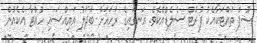
ސޫޕް ތައްޓަކާއެކު ފުރުޓް ސެލެޑްއެކެވެ. އަނގައިގެ ރަހައަށް ބަދަލު އައިއްސައި ހުއްޓާ އެކެއުން